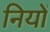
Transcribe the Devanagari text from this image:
नियों